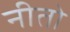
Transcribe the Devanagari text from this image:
नीतो